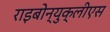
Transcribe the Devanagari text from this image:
राइबोन्युक्लीएस